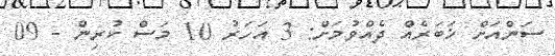
ސަންއަށް ޚަބަރެއް ދެއްވުމަށް: 3 އަހަރު 10 މަސް ކުރިން - 09